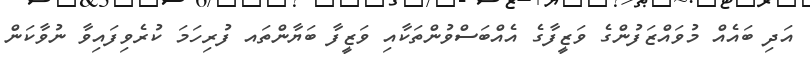
އަދި ބައެއް މުވައްޒަފުންގެ ވަޒީފާގެ އެއްބަސްވުންތަކާއި ވަޒީފާ ބަޔާންތައ ފުރިހަމަ ކުރެވިފައިވާ ނުވާކަން